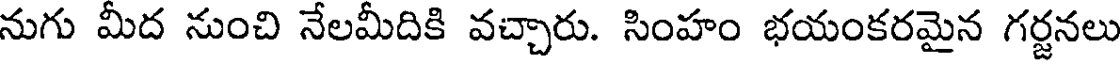
నుగు మీద నుంచి నేలమీదికి వచ్చారు. సింహం భయంకరమైన గర్జనలు